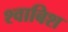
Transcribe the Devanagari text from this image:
श्वाबिश